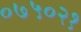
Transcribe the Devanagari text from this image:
०७५०२१